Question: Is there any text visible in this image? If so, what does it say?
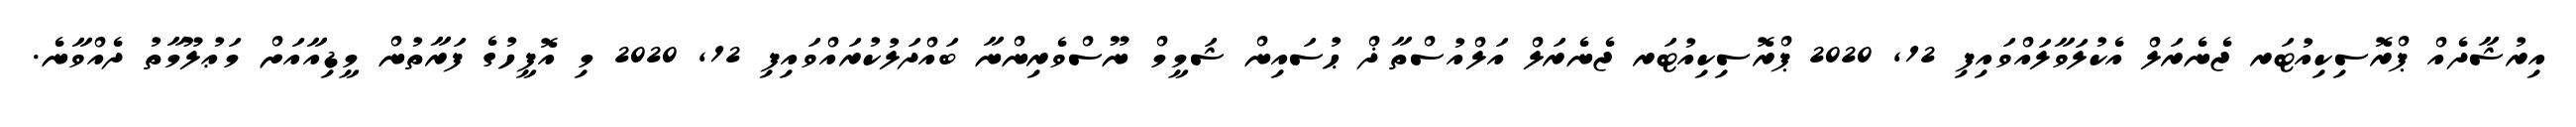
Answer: އިރުޝާދެއް ޕްރޮސިކިއުޓަރ ޖެނެރަލް އެކުލަވާލައްވައިފި 12, 2020 ޕްރޮސިކިއުޓަރ ޖެނެރަލް އަލްއުސްތާޛް ޙުސައިން ޝަމީމް ނޫސްވެރިންނާ ބައްދަލުކުރައްވައިފި 12, 2020 މި އޮފީހުގެ ފަރާތުން މީޑިއާއަށް މަޢުލޫމާތު ދެއްވާނެ.